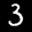
Label: 3